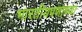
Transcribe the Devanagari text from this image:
भारतीयपणाच्या